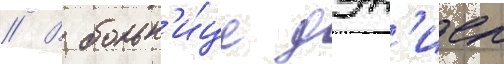
// В больн'и́це дэн'иел